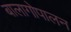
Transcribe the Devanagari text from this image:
बालागोपालन